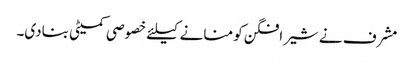
مشرف نے شیرافگن کو منانے کیلئے خصوصی کمیٹی بنادی۔